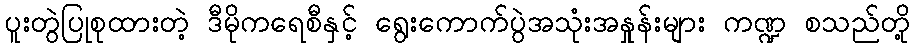
ပူးတွဲပြုစုထားတဲ့ ဒီမိုကရေစီနှင့် ရွေးကောက်ပွဲအသုံးအနှုန်းများ ကဏ္ဍ စသည်တို့